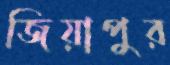
জিয়াপুর